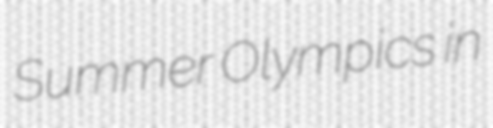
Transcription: Summer Olympics in